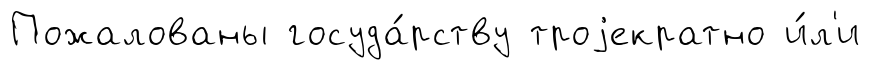
Пожалованы госуда́рству троjекратно и́л'и